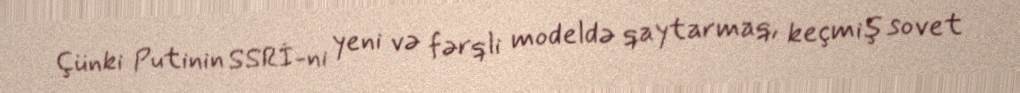
Çünki Putinin SSRİ-ni yeni və fərqli modeldə qaytarmaq, keçmiş sovet